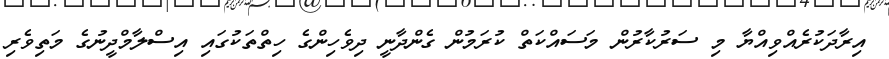
އިރާދަކުރެއްވިއްޔާ މި ސަރުކާރުން މަސައްކަތް ކުރަމުން ގެންދާނީ ދިވެހިންގެ ހިތްތަކުގައި އިސްލާމްދީނުގެ މަތިވެރި